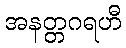
အနတ္တဂရဟီ